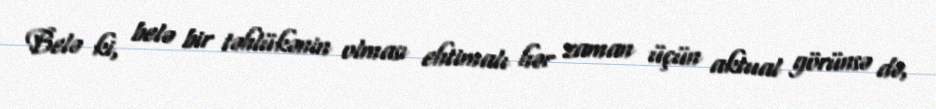
Belə ki, belə bir təhlükənin olması ehtimalı hər zaman üçün aktual görünsə də,